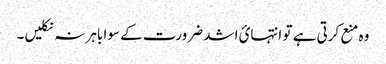
وہ منع کرتی ہے تو انتہائ اشد ضرورت کے سوا باہر نہ نکلیں۔